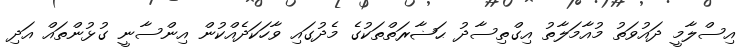
އިސްލާމީ ދައުވަތު މުއާމަލާތު އިގްތިސާދު ޙަޟާރަތްތަކުގެ މެދުގައި ވާހަކަދެއްކުން އިންސާނީ ގުޅުންތައް އަދި